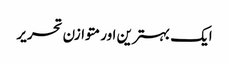
ایک بہترین اور متوازن تحریر